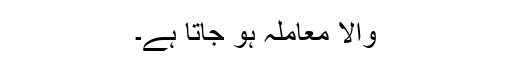
والا معاملہ ہو جاتا ہے۔